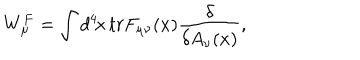
W _ { \mu } ^ { F } = \int d ^ { 4 } \! x \, t r F _ { \mu \nu } ( x ) { \frac { \delta } { \delta A _ { \nu } ( x ) } } ,